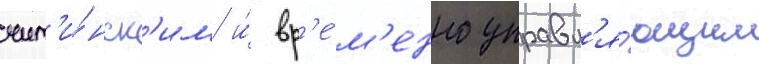
чит'и́нск'им и́ вр'е́м'енно управл'я́ющим